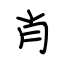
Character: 肖